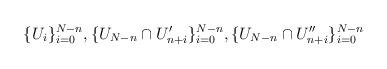
LaTeX: \begin{align*}\lbrace U_{i}\rbrace_{i=0}^{N-n}, \lbrace U_{N-n} \cap U'_{n+i}\rbrace_{i=0}^{N-n},\lbrace U_{N-n} \cap U''_{n+i}\rbrace_{i=0}^{N-n}\end{align*}